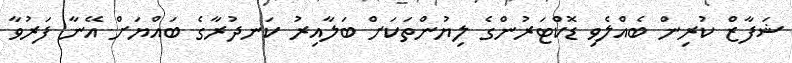
ޝަފާޒް ކުރިން ބެއްލެވި ޑޮކްޓަރުންގެ ލިޔުންތަކަށް ބަލާއިރު ކަނދުރާގެ ބައްޔަށް އޭނާ ފަރުވާ